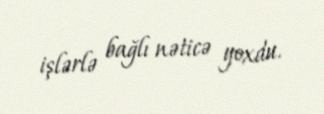
işlərlə bağlı nəticə yoxdu.